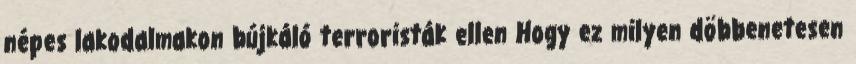
népes lakodalmakon bújkáló terroristák ellen Hogy ez milyen döbbenetesen